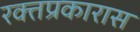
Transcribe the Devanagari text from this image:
रक्तप्रकारास